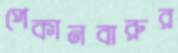
পেকানবারুর